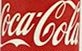
CocaCola